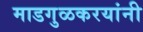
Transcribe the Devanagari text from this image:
माडगुळकरयांनी